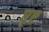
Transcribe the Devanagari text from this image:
घृष्ट